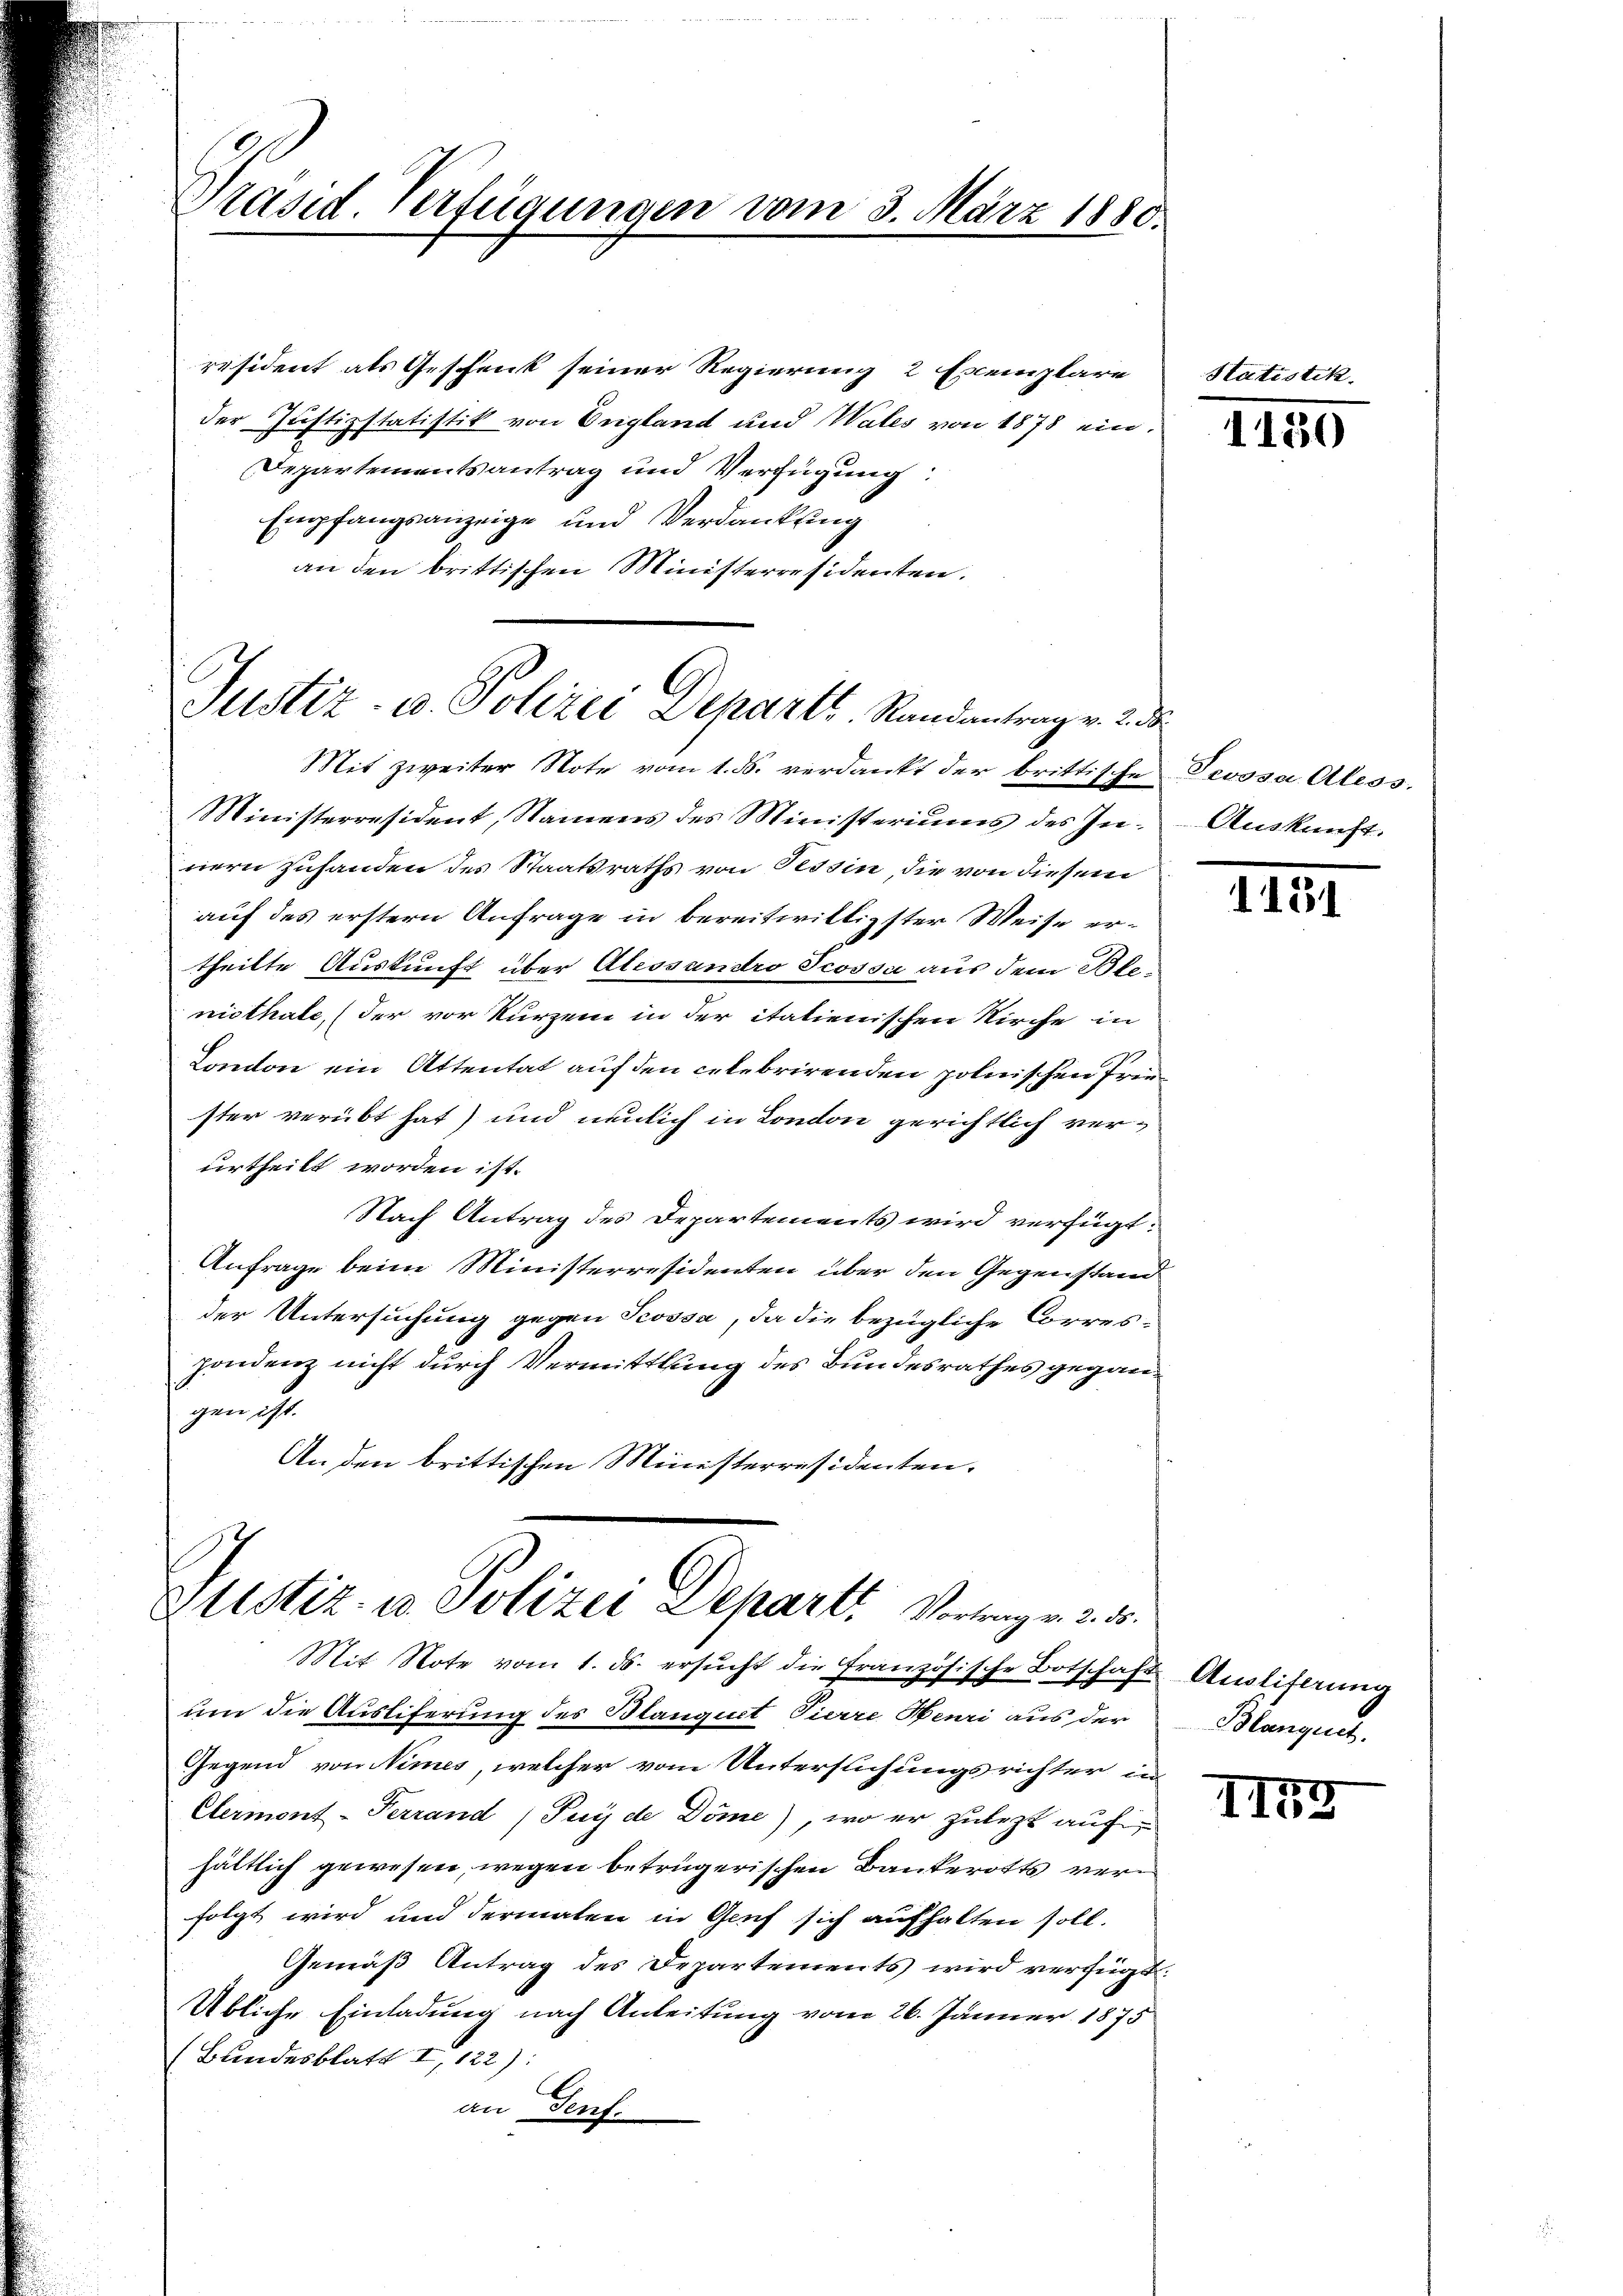
Präsid. Verfügungen vom 3. März 1880.

räsident als Geschenk seiner Regierung 2 Exemplare
der Justizstatistik von England und Wales von 1878 ein¬
Departementsantrag und Verfügung
Empfangsanzeige und Verdankung
an den brittischen Ministerresidenten.

Justiz- u. Polizei Departs. Randantrag v. 2. d
Mit zweiter Note vom 1. ds. verdankt der brittische Devosa Aless.

Ministerresident, Namens des Ministeriums des In-Aŭskŭnft.
nern zuhanden des Staatsraths von Tessin, die von diesem
auf des erstern Anfrage in bereitwilligster Weise ertheilte Auskunft über Alessandro Teossa aus dem Blenisthale, (der vor kurzem in der italienischen Kirche in
London ein Attentat auf den celebrirenden polnischen Friester verübt hat) und neulich in London gerichtlich ver-
urtheilt worden ist.
Nach Antrag des Departements wird verfügt:
Anfrage beim Ministerresidenten über den Gegenstand
der Untersuchung gegen Trossa, da die bezügliche Correspondenz nicht durch Vermittlung des Bundesrathes gegangemacht
An den brittischen Ministerresidenten.

Justiz, in Polizei Depart. Vertragen v. 3.

Mit Note vom 1. ds. ersŭcht die französische Botschaft Ausliferung
um die Ausliferung des Blanguet Tierre Henri aus der
Gegend von Nimes, welcher vom Untersuchungsrichter in
Elermont-Terrand (Puy de Döme), wo er zulezt aufhältlich gewesen, wegen betrügerischen Bauterotts verfolgt wird und dermalen in Genf sich aufhalten soll.
Gemäß Antrag des Departements wird verfügt:
Übliche Einladung nach Anleitung vom 26. Jänner 1875
(Bundesblatt I 122):
an Genf.

Stati

tik.

1150

1131

Blanges

II57